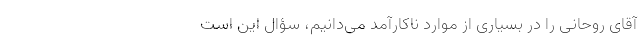
آقای روحانی را در بسیاری از موارد نا‌کارآمد می‌دانیم، سؤال این است